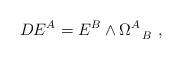
LaTeX: \begin{align*}D E^A = E^B \wedge \Omega^A_{~~B}~, \end{align*}